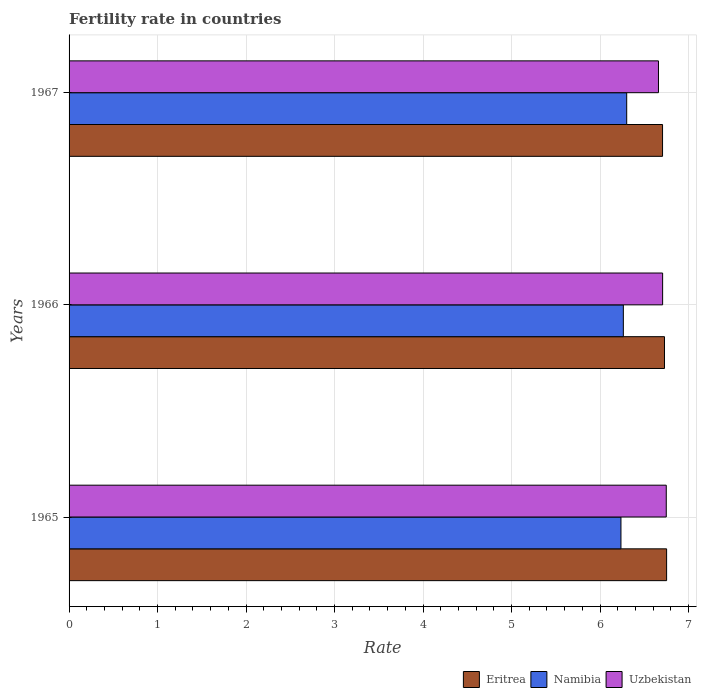
| Years | Eritrea | Namibia | Uzbekistan |
 | --- | --- | --- | --- |
 | 1965 | 6.75 | 6.24 | 6.75 |
 | 1966 | 6.73 | 6.26 | 6.71 |
 | 1967 | 6.71 | 6.3 | 6.66 |